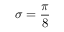
\sigma = \frac { \pi } { 8 }